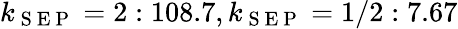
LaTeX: k_{\mathrm{~S~E~P~}}=2:108.7,k_{\mathrm{~S~E~P~}}=1/2:7.67